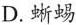
C.黄连 D.蜥蜴